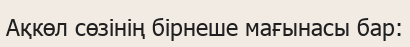
Ақкөл сөзінің бірнеше мағынасы бар: